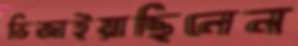
ভিজাইয়াছিলেন